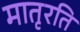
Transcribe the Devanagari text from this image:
मातृरति